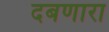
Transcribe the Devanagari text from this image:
दबणारा